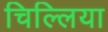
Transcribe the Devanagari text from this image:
चिल्लिया